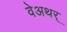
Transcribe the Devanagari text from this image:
वेअथर्